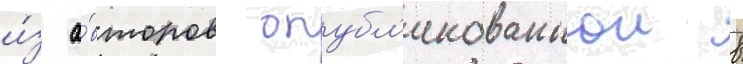
и́з а́второв опубл'икованнои в